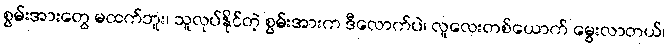
စွမ်းအားတွေ မထက်ဘူး၊ သူလုပ်နိုင်တဲ့ စွမ်းအားက ဒီလောက်ပဲ၊ လူလေးတစ်ယောက် မွေးလာတယ်၊